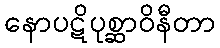
နောပဋိပုစ္ဆာဝိနီတာ